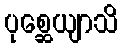
ပုစ္ဆေယျာသိ